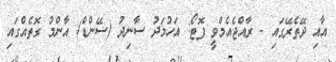
އާއި ދޭތެރޭގައި - ރާއްޖެއެމްވީ ފޮޓޯ: އަހުމަދު ސާނިދު (ސޭންޑް) އާންމު ގޮތެއްގައި